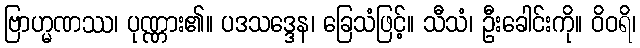
ဗြာဟ္မဏဿ၊ ပုဏ္ဏား၏။ ပဒသဒ္ဒေန၊ ခြေသံဖြင့်။ သီသံ၊ ဦးခေါင်းကို။ ဝိဝရိ၊